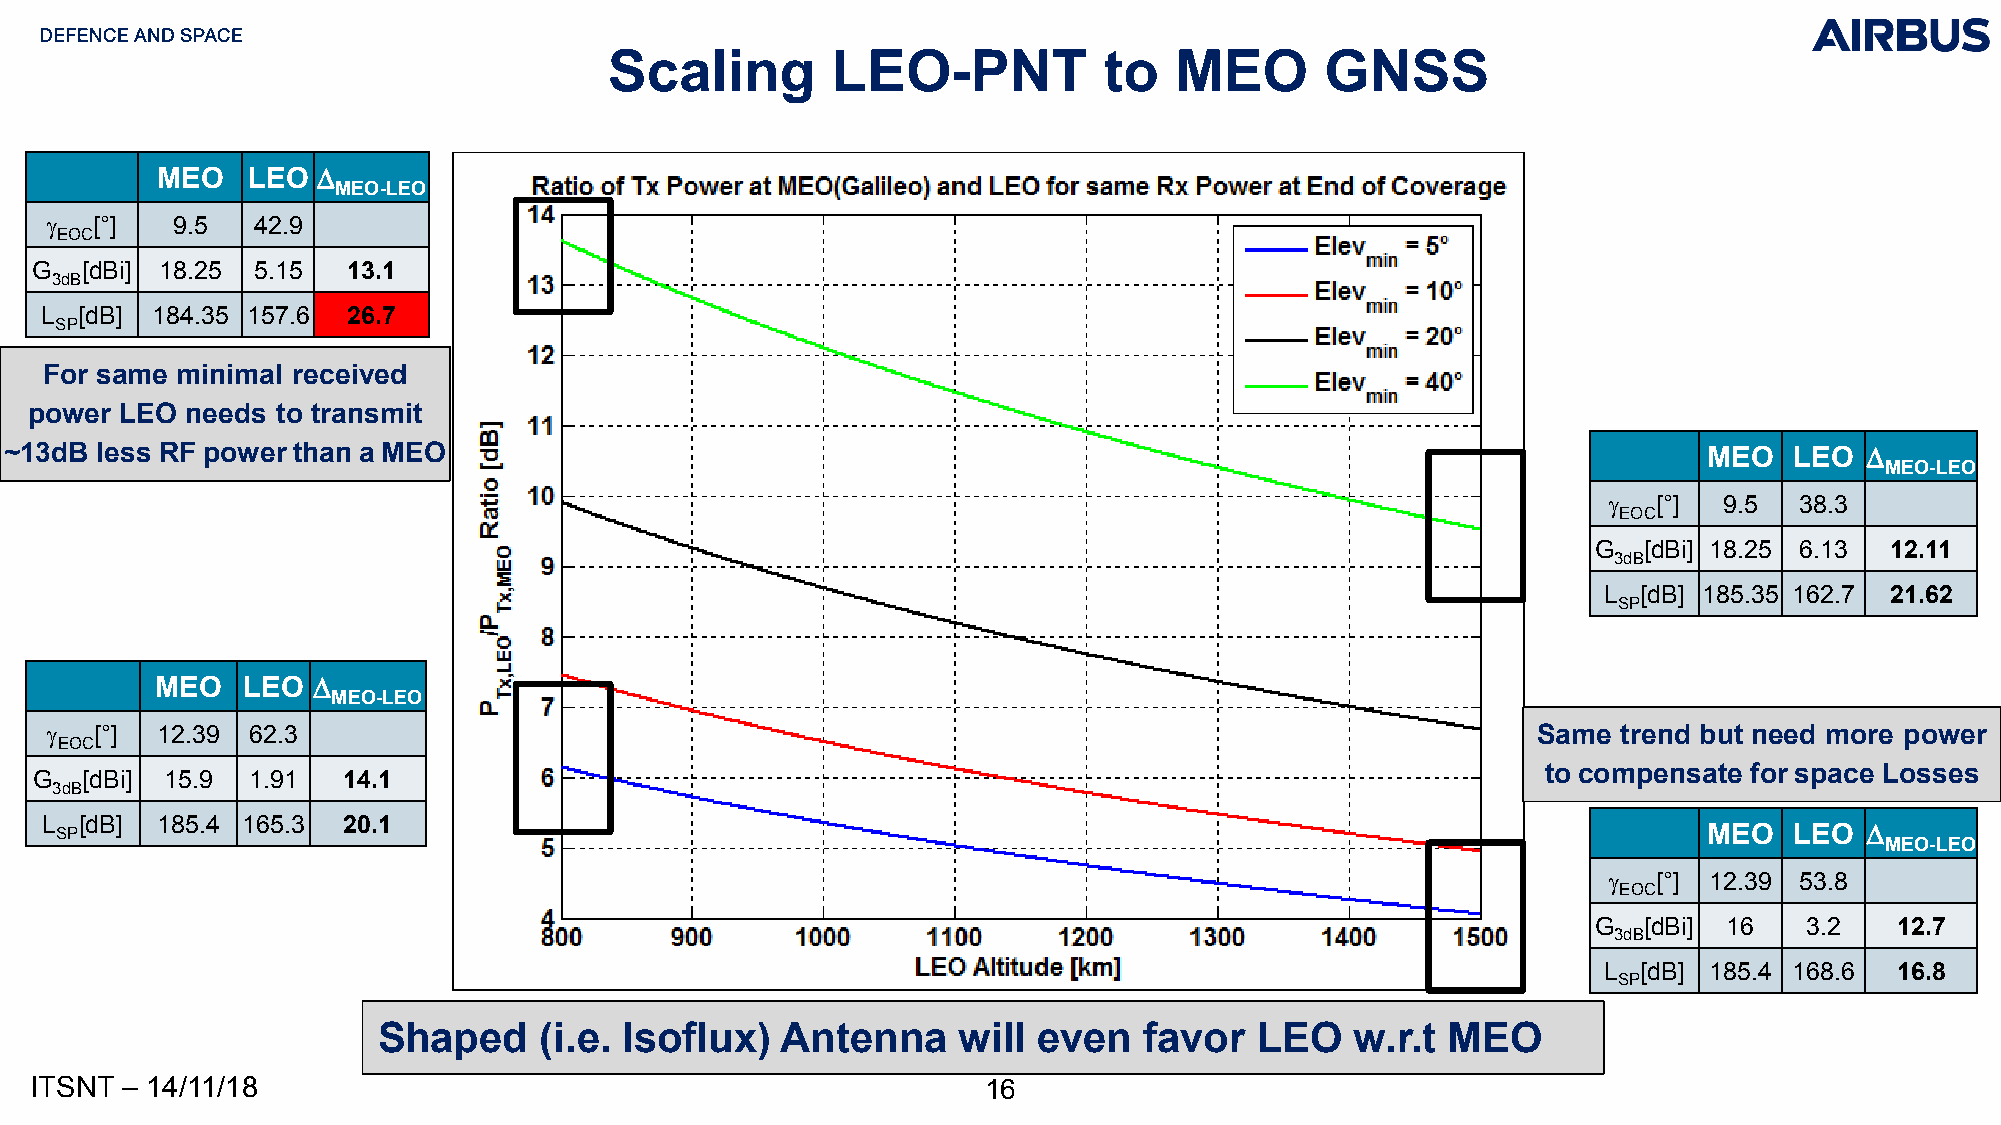
Scaling        LEO-PNT           to   MEO       GNSS
 MEO   LEO  D
 MEO-LEO
 g  [°]  9.5   42.9
 EOC
 G  [dBi] 18.25 5.15  13.1
 3dB
 L [dB] 184.35 157.6 26.7
 SP
 For same minimal received
 power LEO needs to transmit
 ~13dB less RF power than a MEO                                                                                   MEO   LEO  D
 MEO-LEO
 g   [°] 9.5  38.3
 EOC
 G  [dBi] 18.25 6.13 12.11
 3dB
 L  [dB] 185.35 162.7 21.62
 SP
 MEO   LEO  D
 MEO-LEO
 g  [°] 12.39 62.3                                                                                  Same trend but need more power
 EOC
 tocompensate  for space Losses
 G  [dBi] 15.9 1.91   14.1
 3dB
 L [dB] 185.4 165.3  20.1
 SP                                                                                                           MEO   LEO  D
 MEO-LEO
 g   [°] 12.39 53.8
 EOC
 G  [dBi] 16   3.2   12.7
 3dB
 L  [dB] 185.4 168.6 16.8
 SP
 Shaped     (i.e. Isoflux)  Antenna    will  even   favor  LEO    w.r.t MEO
 ITSNT – 14/11/18                                               16